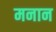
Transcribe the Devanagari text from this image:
मनान